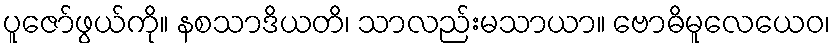
ပူဇော်ဖွယ်ကို။ နစသာဒိယတိ၊ သာလည်းမသာယာ။ ဗောဓိမူလေယေဝ၊